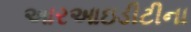
આરઆઇડીટીના